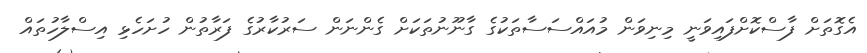
އެގޮތަށް ފާސްކޮށްފައިވަނީ މިނިވަން މުއައްސަސާތަކުގެ ގާނޫނުތަކަށް ގެންނަން ސަރުކާރުގެ ފަރާތުން ހުށަހެޅި އިސްލާހުތައް